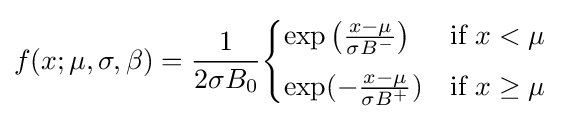
f(x;\mu ,\sigma ,\beta )={\frac {1}{2\sigma B_{0}}}{\begin{cases}\exp \left({\frac {x-\mu }{\sigma B^{-}}}\right)&{\text{if }}x<\mu \\[4pt]\exp(-{\frac {x-\mu }{\sigma B^{+}}})&{\text{if }}x\geq \mu \end{cases}}